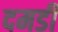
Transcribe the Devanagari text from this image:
दमडी